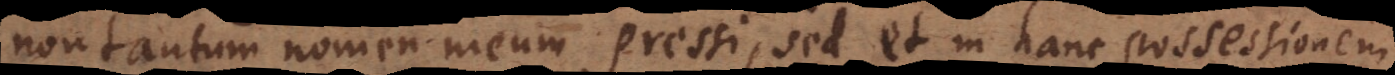
non tantum nomen meum pressi, sed et in hanc possessionem